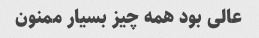
عالی بود همه چیز بسیار ممنون